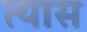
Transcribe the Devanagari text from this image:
त्‍यास